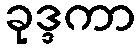
ခုဒ္ဒကာ